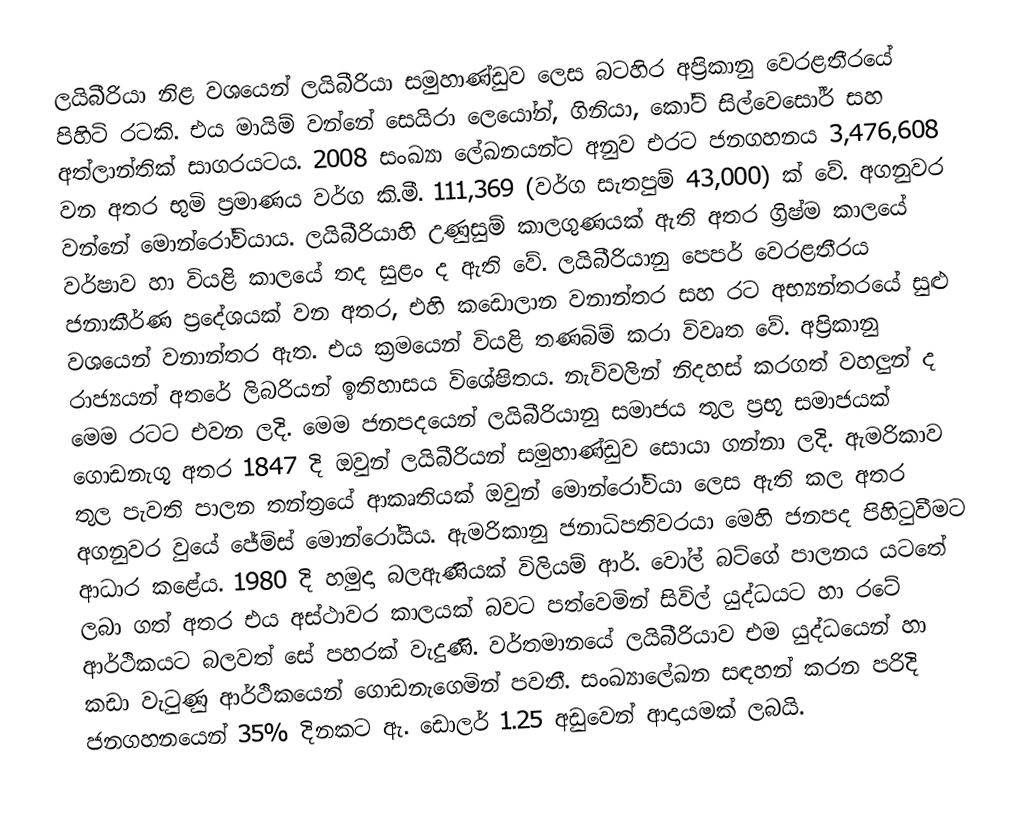
ලයිබීරියා නිළ වශයෙන් ලයිබීරියා සමුහාණ්ඩුව ලෙස බටහිර අප්‍රිකානු වෙරළතීරයේ පිහිටි රටකි. එය මායිම් වන්නේ සෙයිරා ලෙයෝන්, ගිනියා, කෝට් සි‍ල්වෙසෝර් සහ අත්ලාන්තික් සාගරයටය. 2008 සංඛ්‍යා ලේඛනයන්ට අනුව එරට ජනගහනය 3,476,608 වන අතර භුමි ප්‍රමාණය වර්ග කි.මී. 111,369 (වර්ග සැතපුම් 43,000) ක් වේ. අගනුවර වන්නේ මොන්රෝවියාය. ලයිබීරියාහි උණුසුම් කාලගුණයක් ඇති අතර ග්‍රිෂ්ම කාලයේ වර්ෂාව හා වියළි කාලයේ තද සුළං ද ඇති වේ. ලයිබීරියානු පෙපර් වෙරළතීරය ජනාකීර්ණ ප්‍රදේශයක් වන අතර, එහි කඩොලාන වනාන්තර සහ රට අභ්‍යන්තරයේ සුළු වශයෙන් වනාන්තර ඇත. එය ක්‍රමයෙන් වියළි තණබිම් කරා විවෘත වේ. අප්‍රිකානු රාජ්‍යයන් අතරේ ලිබරියන් ඉතිහාසය විශේෂිතය. නැව්වලින් නිදහස් කරගත් වහලුන් ද මෙම රටට එවන ලදි. මෙම ජනපදයෙන් ලයිබීරියානු සමාජය තුල ප්‍රභූ සමාජයක් ගොඩනැගූ අතර 1847 දි ඔවුන් ලයිබීරියන් සමුහාණ්ඩුව සොයා ගන්නා ලදි. ඇමරිකාව තුල පැවති පාලන තන්ත්‍රයේ ආකෘතියක් ඔවුන් ‍‍මොන්රෝවියා ලෙස ඇති කල අතර අගනුවර වුයේ ‍ජේම්ස් මොන්රෝයිය. ඇමරිකානු ජනාධිපතිවරයා මෙහි ජනපද පිහිටුවීමට ආධාර කළේය. 1980 දි  හමුදා බලඇණියක් විලියම් ආර්. වෝල් බට්ගේ පාලනය යටතේ ලබා ගත් අතර එය අස්ථාවර කාලයක් බවට පත්වෙමින් සිවිල් යුද්ධයට හා රටේ ආර්ථිකයට බලවත් සේ පහරක් වැදුණි. වර්තමානයේ ලයිබීරියාව එම යුද්ධයෙන් හා කඩා වැටුණු ආර්ථිකයෙන් ගොඩනැගෙමින් පවතී. සංඛ්‍යාලේඛන සඳහන් කරන පරිදි ජනගහනයෙන් 35% දිනකට ඇ. ඩොලර් 1.25 අඩුවෙන් ආදායමක් ලබයි.